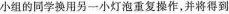
小组的同学换用另一小灯泡重复操作，并将得到